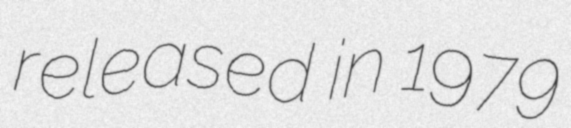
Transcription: released in 1979